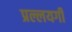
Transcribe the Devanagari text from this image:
प्रल्लयगी